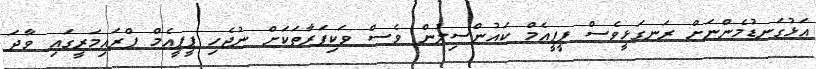
އަޅުގަނޑުމެންނަށް ރަނގަޅީވެސް ޕީޕީއެމް ކައުންސިލުން ވެސް ވަކިފަރާތަކަށް ނުޖެހި ޕީޕީއެމް ޕްރައިމަރީގައި ވާދަ